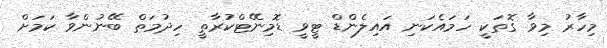
މިހާރު މިވާ ގޮތަކީ ހަމައެކަނި އައިލެންޑް ޓީވީ ޑޮމިނޭޓްކުރާތީ ހިދުމަތް ބޭނުންވާ ކަމަށް